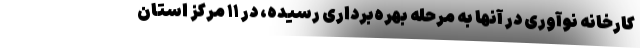
کارخانه نوآوری در آنها به مرحله بهره‌برداری رسیده، در ۱۱ مرکز استان